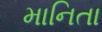
માનિતા